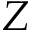
Z